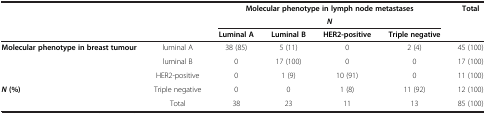
| <ROWSPAN=2>  | <ROWSPAN=2>  | <COLSPAN=4> Molecular phenotype in lymph node metastases | Total |
 | <COLSPAN=4> N |  |
 |  |  | Luminal A | Luminal B | HER2-positive | Triple negative |  |
 | --- | --- | --- | --- | --- | --- | --- |
 | <ROWSPAN=3> Molecular phenotype in breast tumour | luminal A | 38 (85) | 5 (11) | 0 | 2 (4) | 45 (100) |
 | luminal B | 0 | 17 (100) | 0 | 0 | 17 (100) |
 | HER2-positive | 0 | 1 (9) | 10 (91) | 0 | 11 (100) |
 | N (%) | Triple negative | 0 | 0 | 1 (8) | 11 (92) | 12 (100) |
 |  | Total | 38 | 23 | 11 | 13 | 85 (100) |